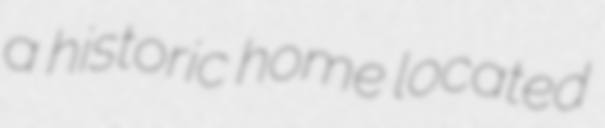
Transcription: a historic home located